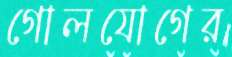
গোলযোগের